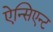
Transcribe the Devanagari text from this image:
ऐन्सिएन्ट